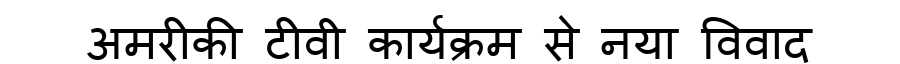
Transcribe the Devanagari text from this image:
अमरीकी टीवी कार्यक्रम से नया विवाद